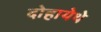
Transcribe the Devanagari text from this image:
दोहायेथे